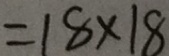
= 1 8 \times 1 8